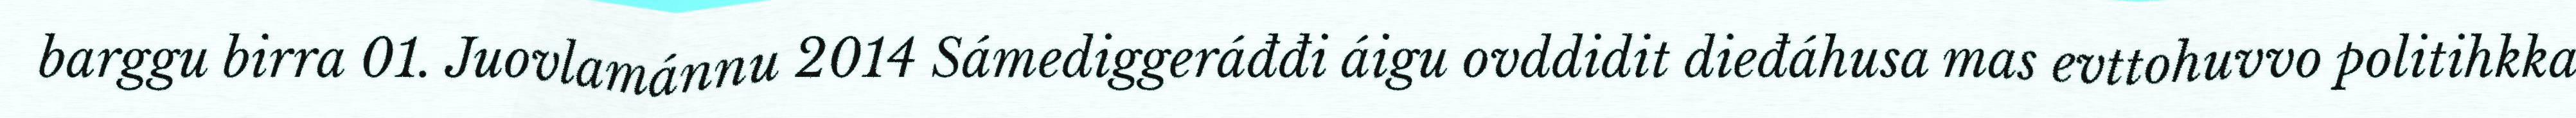
barggu birra 01. Juovlamánnu 2014 Sámediggeráđđi áigu ovddidit dieđáhusa mas evttohuvvo politihkka